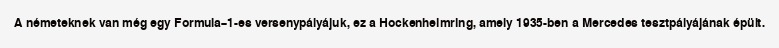
A németeknek van még egy Formula–1-es versenypályájuk, ez a Hockenheimring, amely 1935-ben a Mercedes tesztpályájának épült.